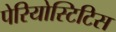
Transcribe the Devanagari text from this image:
पेरियोस्टिटिस